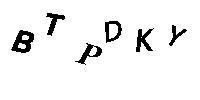
BTPDKY